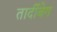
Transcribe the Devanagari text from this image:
तार्दीबेग